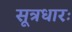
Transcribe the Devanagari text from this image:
सूत्रधारः